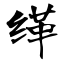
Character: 缂